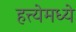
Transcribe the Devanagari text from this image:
हत्त्येमध्ये